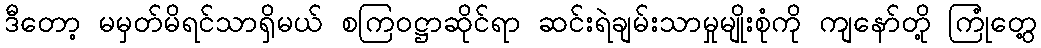
ဒီတော့ မမှတ်မိရင်သာရှိမယ် စကြဝဋ္ဌာဆိုင်ရာ ဆင်းရဲချမ်းသာမှုမျိုးစုံကို ကျနော်တို့ ကြုံတွေ့